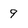
Character: 9